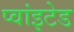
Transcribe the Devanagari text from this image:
प्वांइटेड